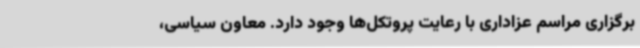
برگزاری مراسم عزاداری با رعایت پروتکل‌ها وجود دارد. معاون سیاسی،